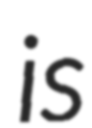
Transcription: is